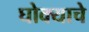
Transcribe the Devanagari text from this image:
घोक्याचे